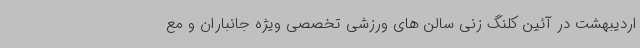
اردیبهشت در آئین کلنگ زنی سالن های ورزشی تخصصی ویژه جانباران و مع